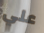
علي